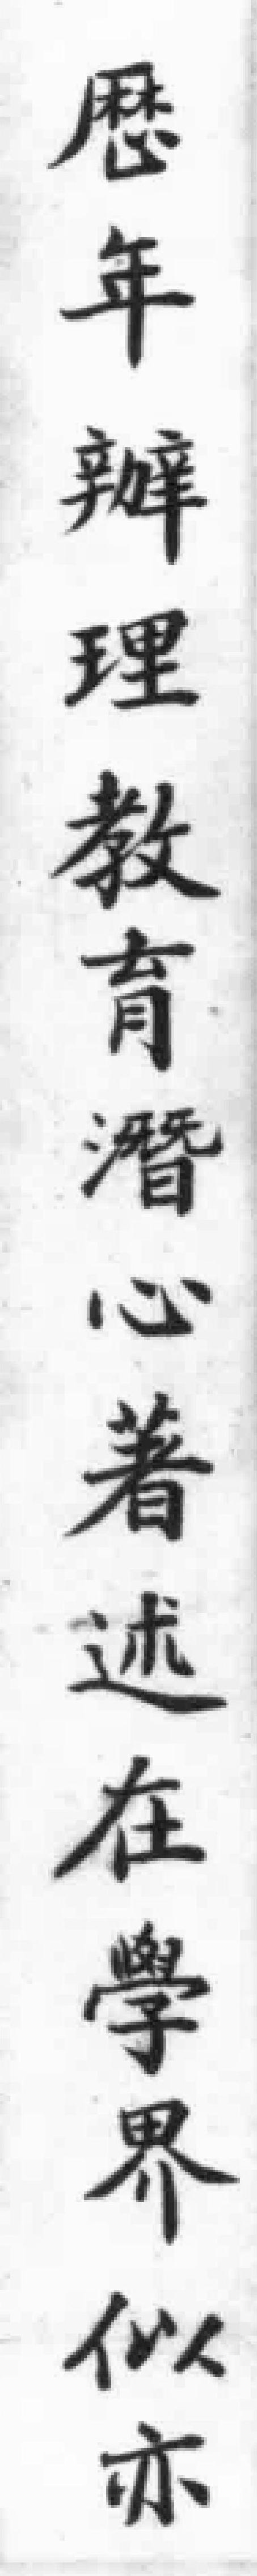
歷年辦理教育潛心著述在學界似亦